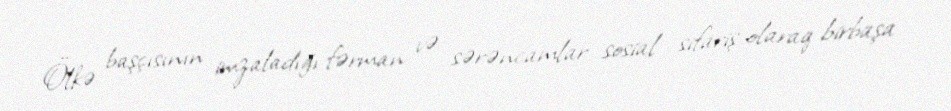
Ölkə başçısının imzaladığı fərman və sərəncamlar sosial sifariş olaraq birbaşa